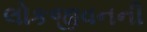
લોકજીવનની